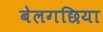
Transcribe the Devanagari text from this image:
बेलगछिया